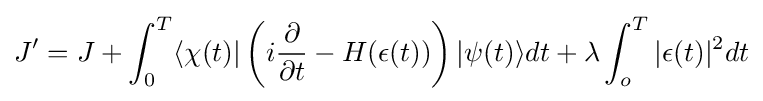
J'=J+\int _{0}^{T}\langle \chi (t)|\left(i{\frac {\partial }{\partial t}}-H(\epsilon (t))\right)|\psi (t)\rangle dt+\lambda \int _{o}^{T}|\epsilon (t)|^{2}dt